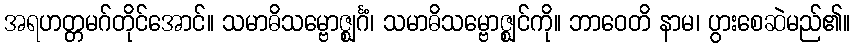
အရဟတ္တမဂ်တိုင်အောင်။ သမာဓိသမ္ဗောဇ္ဈင်္ဂံ၊ သမာဓိသမ္ဗောဇ္ဈင်ကို။ ဘာဝေတိ နာမ၊ ပွားစေဆဲမည်၏။